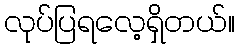
လုပ်ပြရလေ့ရှိတယ်။